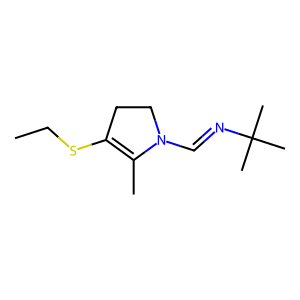
SMILES: CCSC1=C(C)N(C=NC(C)(C)C)CC1
Inhibits HIV replication: No